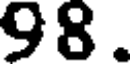
98.